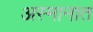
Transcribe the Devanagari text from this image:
अस्मानात